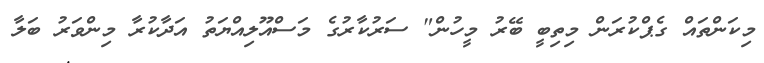
މިކަންތައް ގެޕްކުރަން މިތިބީ ބޭރު މީހުން" ސަރުކާރުގެ މަސްއޫލިއްޔަތު އަދާކުރާ މިންވަރު ބަލާ